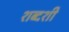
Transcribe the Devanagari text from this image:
शब्दशी